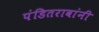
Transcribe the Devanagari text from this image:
पंडितरावांनी